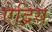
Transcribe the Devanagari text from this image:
ऐद्रिय